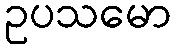
ဥပသမော